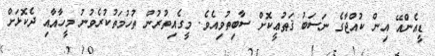
ޑީއެންއޭ އިން ކުއްޖާގެ ނަސަބު ޤަޠުޢީކޮށް ސާބިތުވިއެވެ. މީގެއިތުރުން ތުހުމަތުކުރެވުނު މީހާއާއި ދެކޮޅަށް